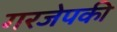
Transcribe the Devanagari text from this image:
गरजेपकी